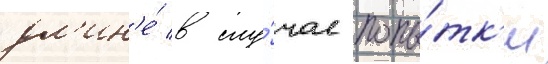
дл'ин'е́ в слу́чае попы́тк'и